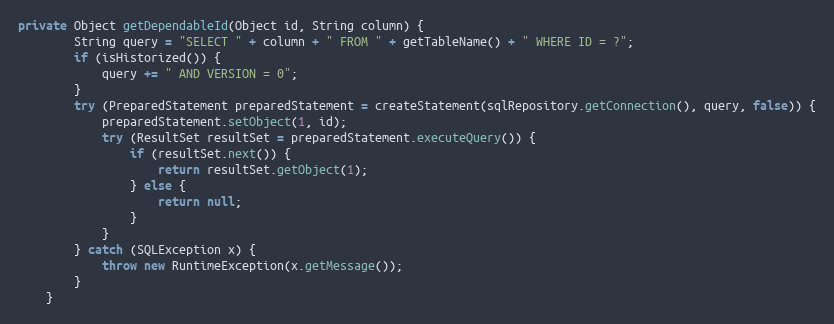
Language: Java
private Object getDependableId(Object id, String column) {
		String query = "SELECT " + column + " FROM " + getTableName() + " WHERE ID = ?";
		if (isHistorized()) {
			query += " AND VERSION = 0";
		}
		try (PreparedStatement preparedStatement = createStatement(sqlRepository.getConnection(), query, false)) {
			preparedStatement.setObject(1, id);
			try (ResultSet resultSet = preparedStatement.executeQuery()) {
				if (resultSet.next()) {
					return resultSet.getObject(1);
				} else {
					return null;
				}
			}
		} catch (SQLException x) {
			throw new RuntimeException(x.getMessage());
		}
	}